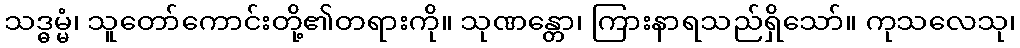
သဒ္ဓမ္မံ၊ သူတော်ကောင်းတို့၏တရားကို။ သုဏန္တော၊ ကြားနာရသည်ရှိသော်။ ကုသလေသု၊